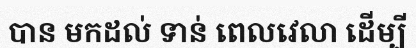
បាន មកដល់ ទាន់ ពេលវេលា ដើម្បី